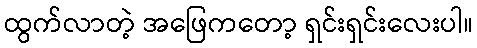
ထွက်လာတဲ့ အဖြေကတော့ ရှင်းရှင်းလေးပါ။